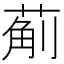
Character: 葪